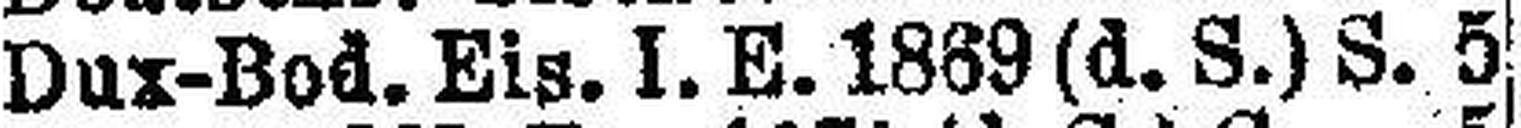
Dux-Bod. Eis. I. E. 1889 (d.S.) S. 5